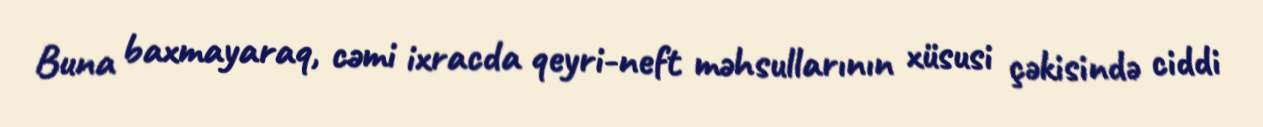
Buna baxmayaraq, cəmi ixracda qeyri-neft məhsullarının xüsusi çəkisində ciddi